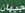
جیهان